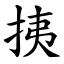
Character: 挗